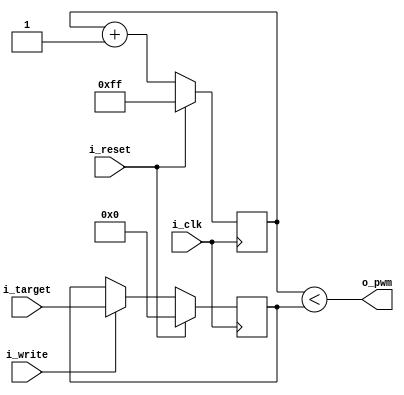

`default_nettype none

module pwm (
    input        i_reset,
    input        i_clk,
    input        i_write,
    input  [7:0] i_target,
    output       o_pwm
);

reg [7:0] counter = 8'hFF;
reg [7:0] target  = 8'h00;

assign o_pwm = (counter < target);

always @ (posedge i_clk) begin
    if (i_reset) begin
        counter <= 8'hFF;
        target  <= 8'h00;
    end else begin
        counter <= counter + 1;
        if (i_write == 1'b1) begin
            target <= i_target;
        end
    end
end

endmodule